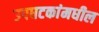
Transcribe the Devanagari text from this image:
उपघटकांमधील